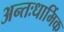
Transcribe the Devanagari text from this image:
अन्तःधार्मिक